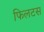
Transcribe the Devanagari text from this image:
फिलटस